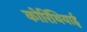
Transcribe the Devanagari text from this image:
कोरिंथियाई